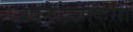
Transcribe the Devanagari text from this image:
अपनेलेखेकिसी